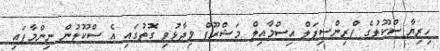
ހިރިޔާ ސްކޫލުގެ ޕްރިންސިޕަލް އިސްމާއިލް މަޝްރޫފް ވިދާޅުވި ގޮތުގައި އެ ސްކޫލުން ނިންމާފައި